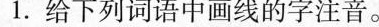
1.给下列词语中画线的字注音。